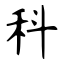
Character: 科